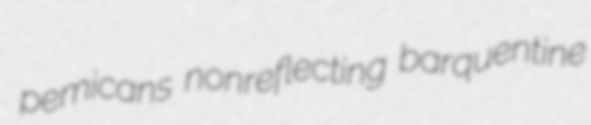
pemicans nonreflecting barquentine